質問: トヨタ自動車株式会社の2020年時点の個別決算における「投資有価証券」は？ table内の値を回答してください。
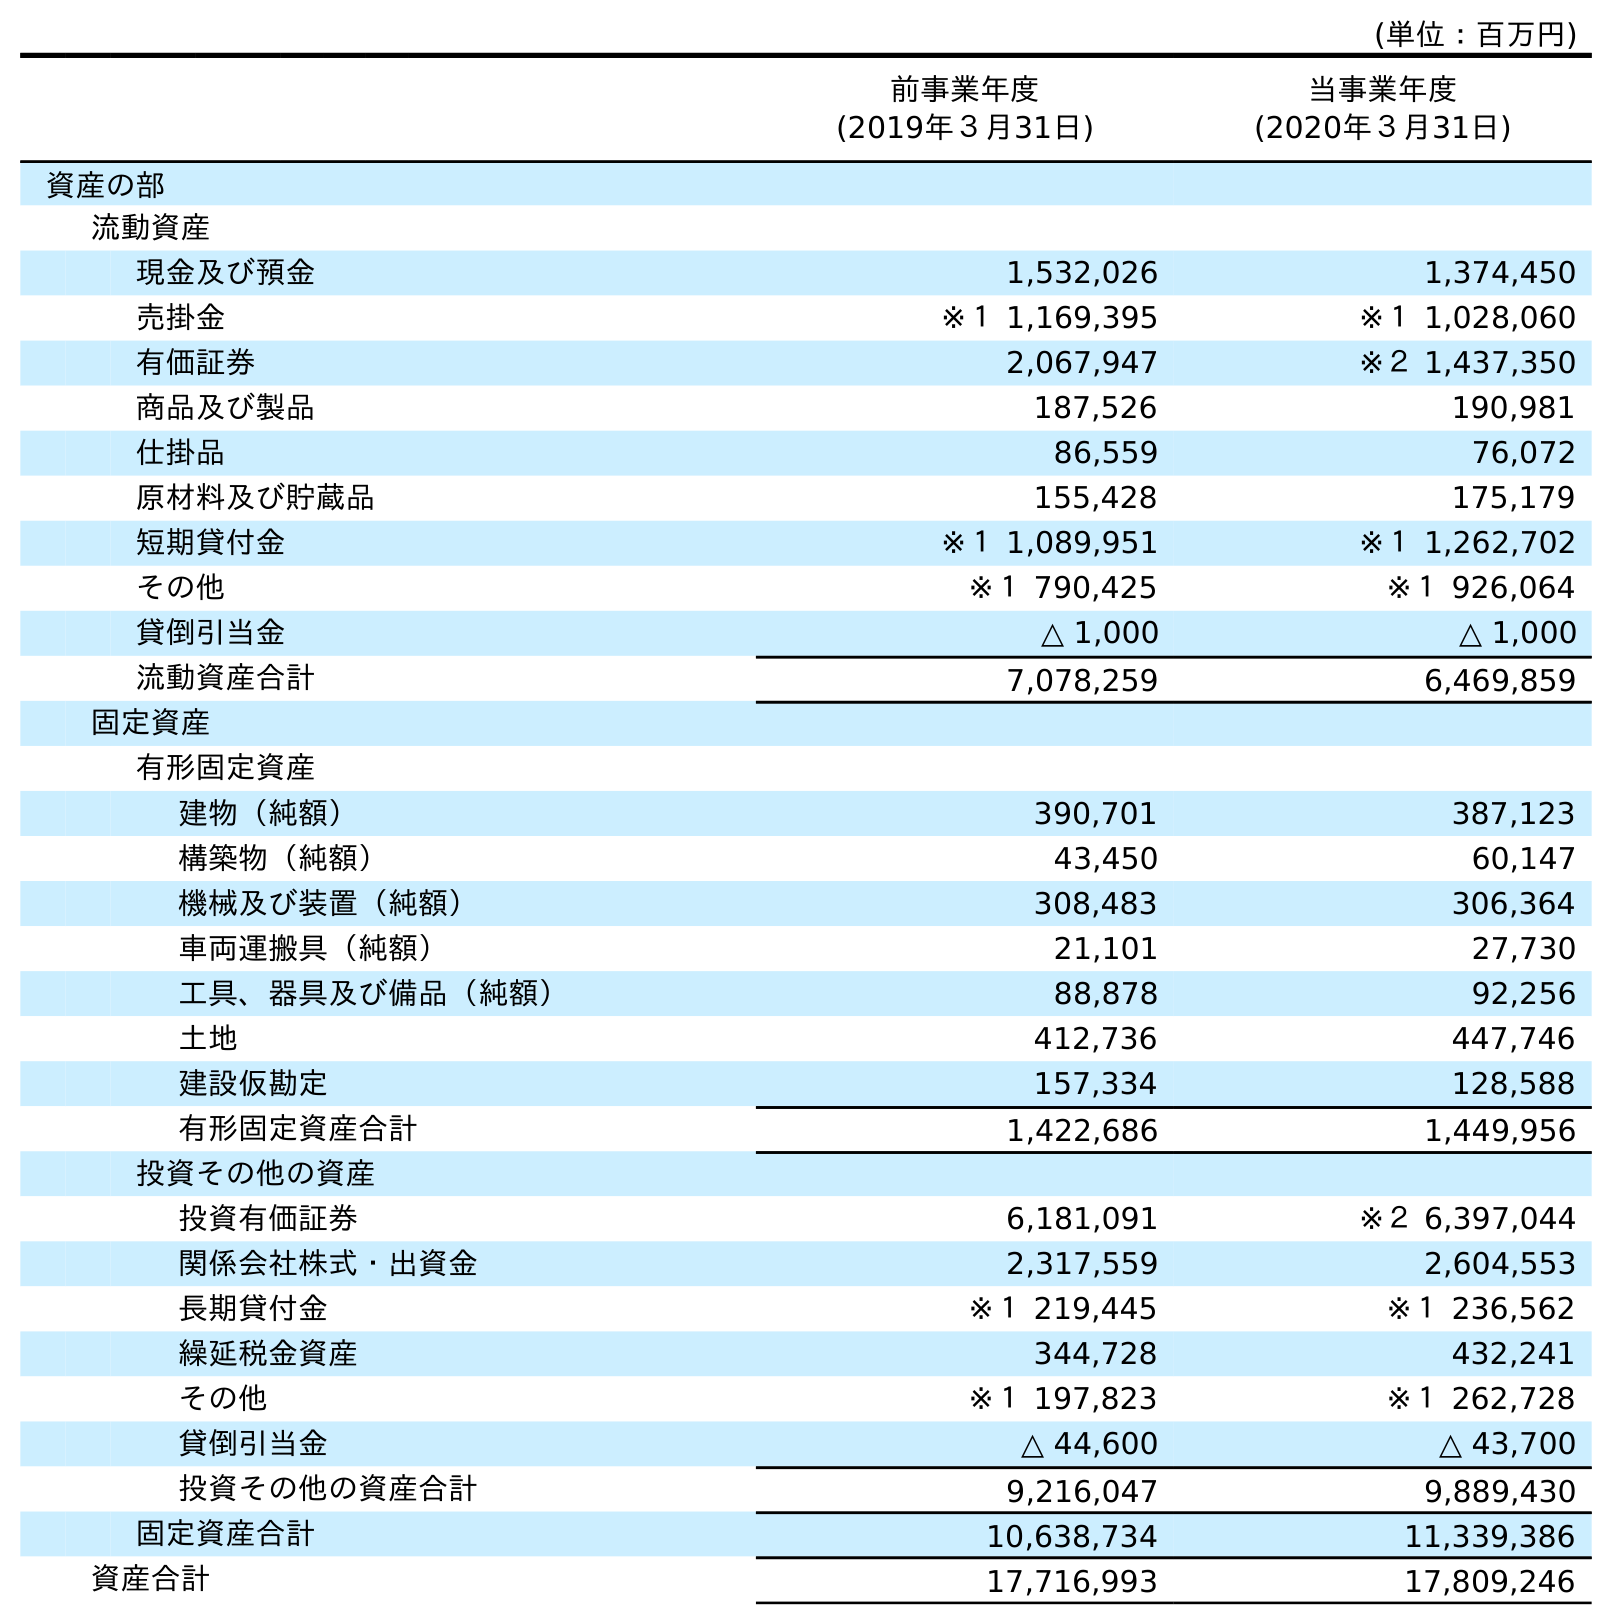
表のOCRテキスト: (単位：百万円) 前事業年度 (2019年３月31日) 当事業年度 (2020年３月31日) 資産の部 流動資産 現金及び預金 1,532,026 1,374,450 売掛金 ※１ 1,169,395 ※１ 1,028,060 有価証券 2,067,947 ※２ 1,437,350 商品及び製品 187,526 190,981 仕掛品 86,559 76,072 原材料及び貯蔵品 155,428 175,179 短期貸付金 ※１ 1,089,951 ※１ 1,262,702 その他 ※１ 790,425 ※１ 926,064 貸倒引当金 △ 1,000 △ 1,000 流動資産合計 7,078,259 6,469,859 固定資産 有形固定資産 建物（純額） 390,701 387,123 構築物（純額） 43,450 60,147 機械及び装置（純額） 308,483 306,364 車両運搬具（純額） 21,101 27,730 工具、器具及び備品（純額） 88,878 92,256 土地 412,736 447,746 建設仮勘定 157,334 128,588 有形固定資産合計 1,422,686 1,449,956 投資その他の資産 投資有価証券 6,181,091 ※２ 6,397,044 関係会社株式・出資金 2,317,559 2,604,553 長期貸付金 ※１ 219,445 ※１ 236,562 繰延税金資産 344,728 432,241 その他 ※１ 197,823 ※１ 262,728 貸倒引当金 △ 44,600 △ 43,700 投資その他の資産合計 9,216,047 9,889,430 固定資産合計 10,638,734 11,339,386 資産合計 17,716,993 17,809,246
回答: ※２6,397,044